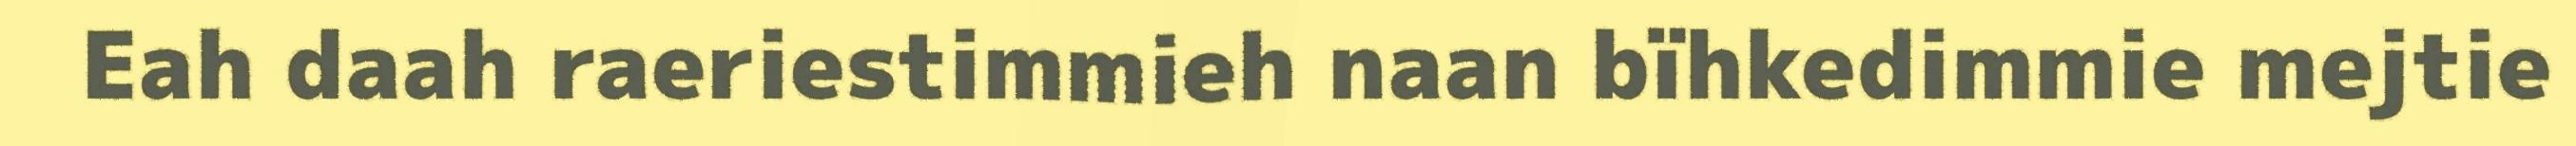
Eah daah raeriestimmieh naan bïhkedimmie mejtie